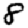
Digit: 8